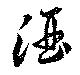
酒